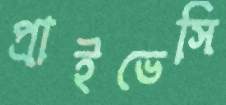
প্রাইভেসি